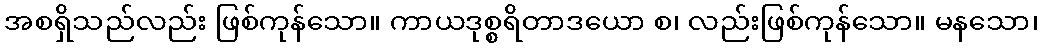
အစရှိသည်လည်း ဖြစ်ကုန်သော။ ကာယဒုစ္စရိတာဒယော စ၊ လည်းဖြစ်ကုန်သော။ မနသော၊